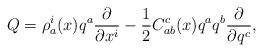
LaTeX: \begin{gather*} Q = \rho_a^i (x) q^a \frac{\partial}{\partial x^i} - \frac{1}{2} C^c_{ab}(x) q^a q^b \frac{\partial}{\partial q^c} ,\end{gather*}